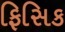
ફિસિક